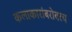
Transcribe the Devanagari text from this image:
कलाकारांबरोबरच